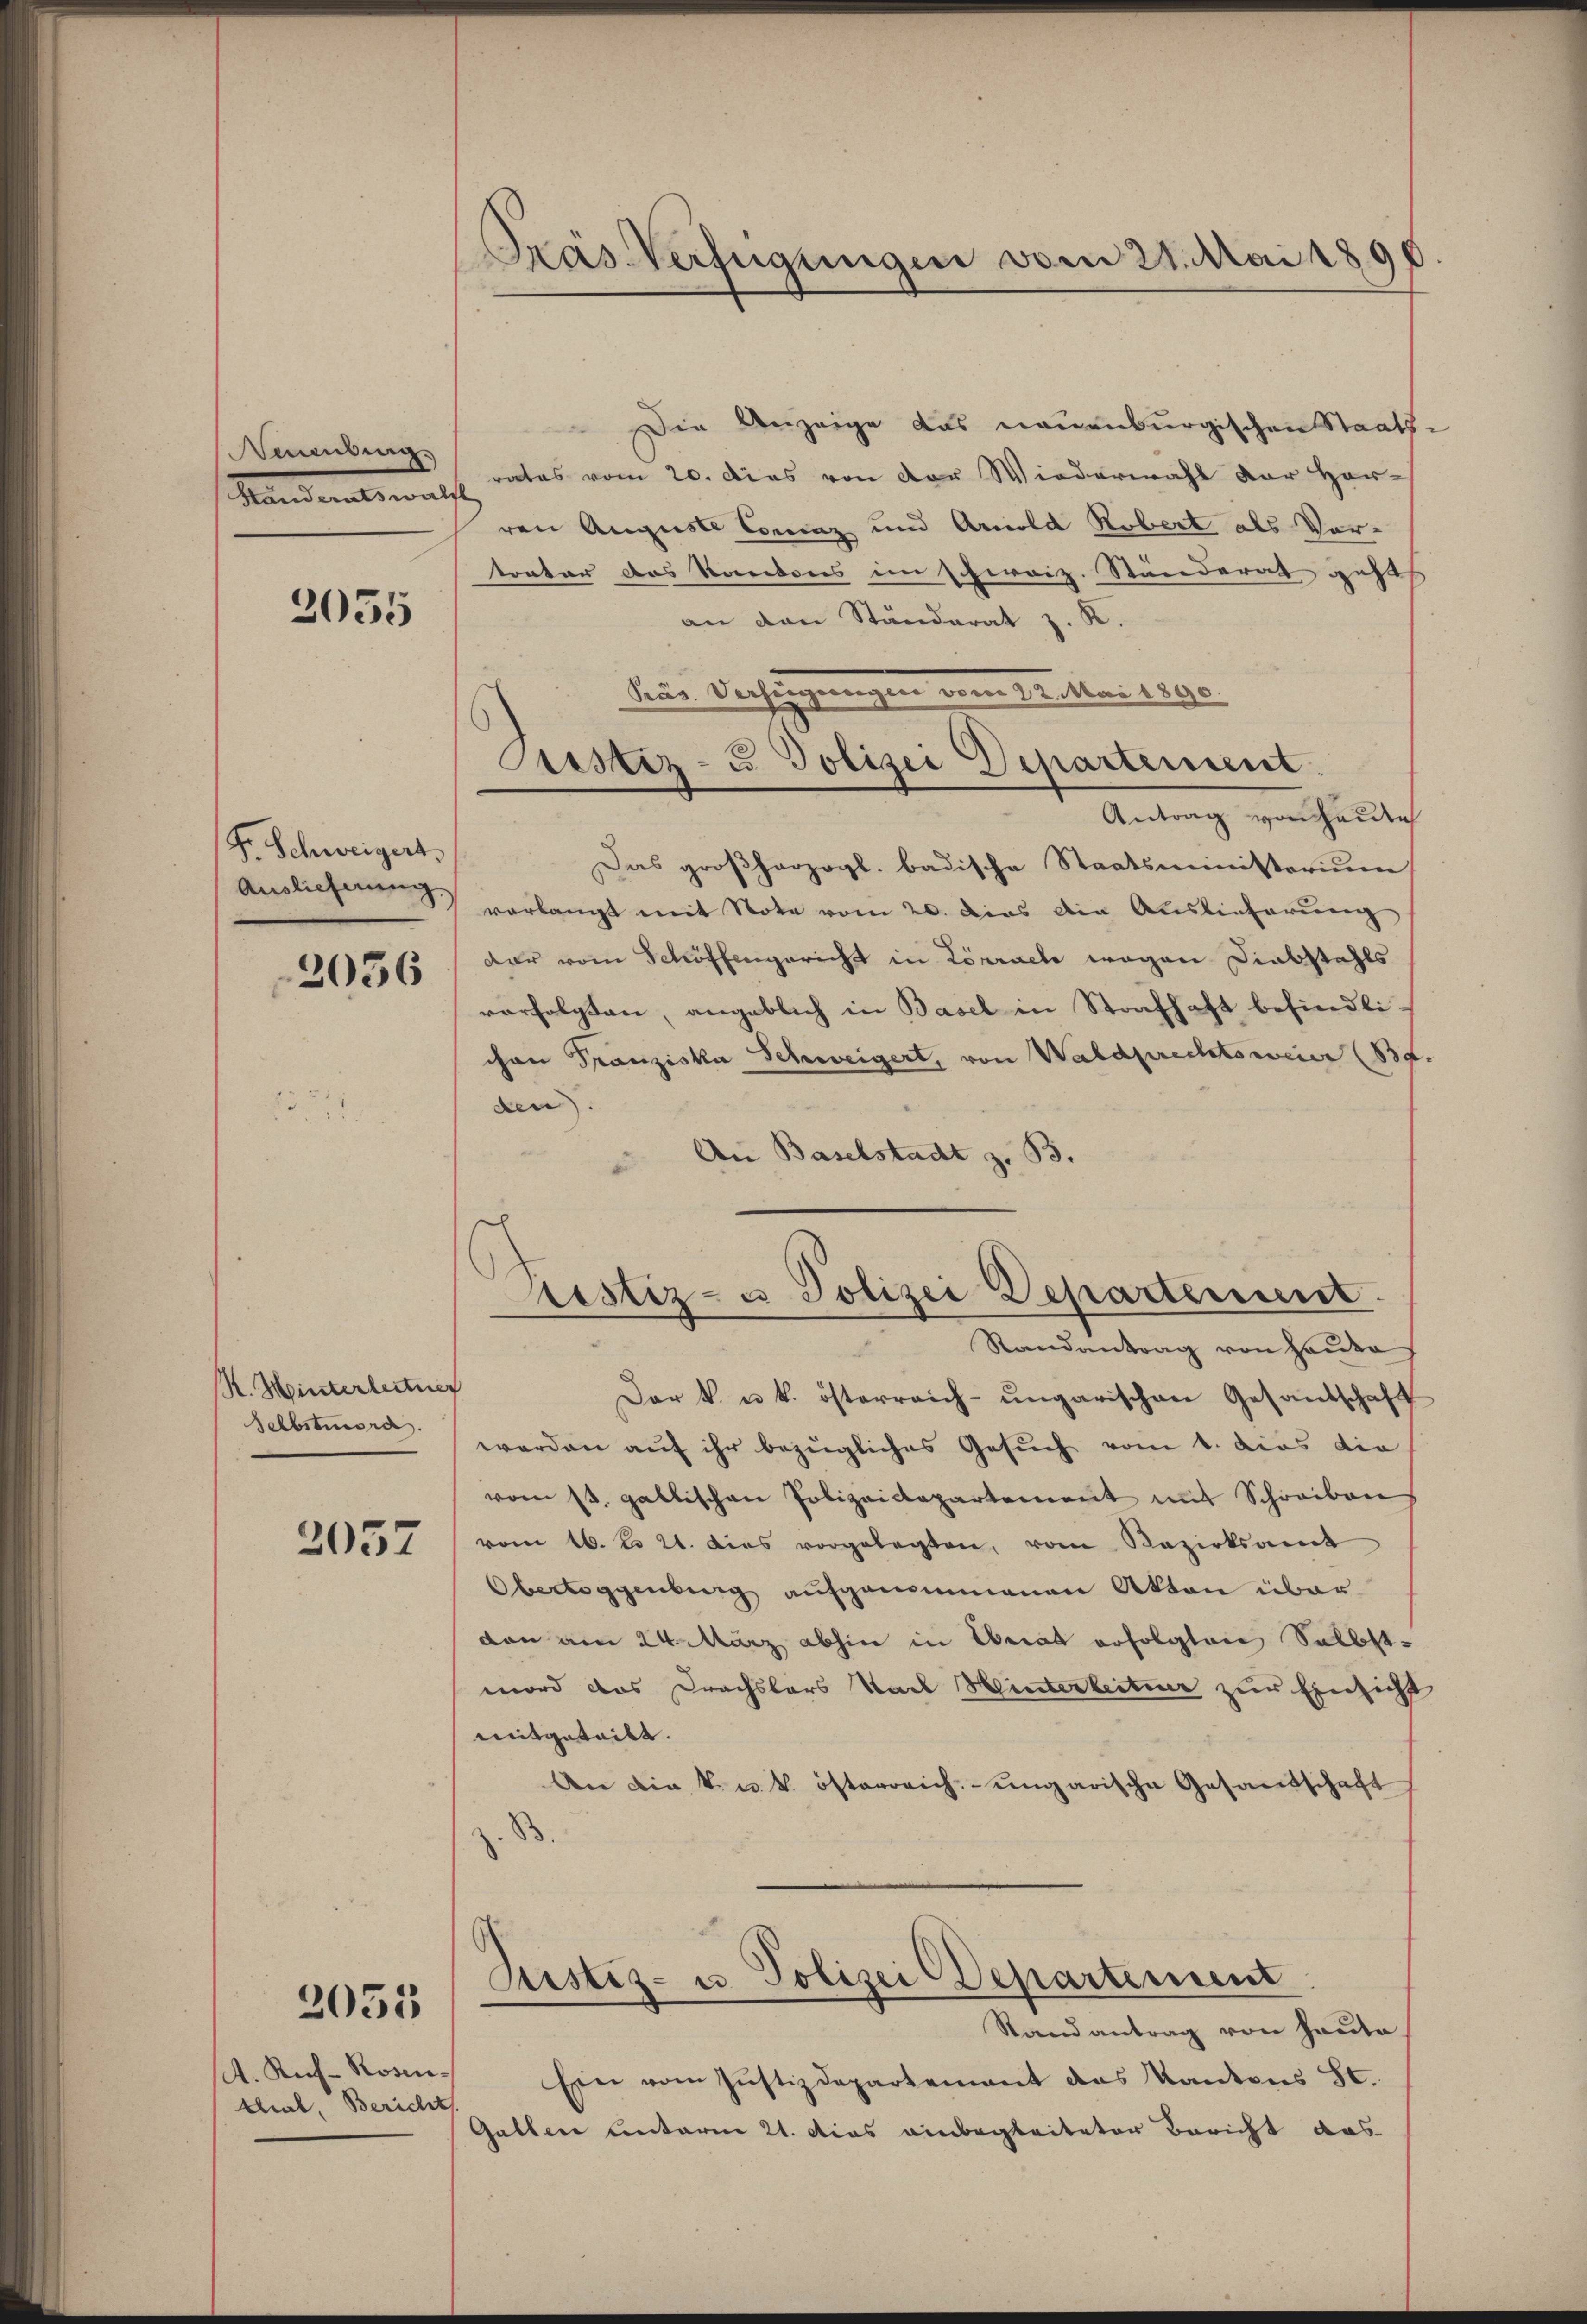
Nennung.
Handeratswalt

2055

Fr. Schweigert,
Auslieferung

2056

R. Hinterleitner
Selbstura.

2057

2053

A. Rich-Rosentlieb, Bericht

Prás Verfügungen vom 21. Mai 180

Die Anzeige das neuenburgischen Staats-
rates vom 20. dies von der Wiedermahl der Her-
ren Auguste Coraz und Arnold Robert als Vor-
tonter das Kantons im Cheroiz. Ständerat geht
an den Ständerat z. R.
Antrag von Heiden
Das großherzogl. badische Staatsministerium
vorlangt mit Note vom 20. dies die Auslieferung
dar vom Schöffengericht in Lörrach wegen Diabstahls
verfolgten, angeblich in Basel in Strafhaft befindlichen Franziska Schweigert, von Waldprechtsweier (Be
den.
An Baselstadt z. B.
d
restiz- u Polizei Departement.
Randantrag von Hause
Dar v. u. k. österreich-ungarischen Gesandschaft
werden auf ihr bezügliches Gesuch vom 1. dies die
vom 13. gallischen Polizeidepartement mit Schreiben
vom 16. No 21. dies vorgelegten, vom Bezirksamt
Oberleggenberg aufgenommenen Akten über
dan am 24. März abhin in Abriat erfolgten Selbstmord das Drachslers Stadt Hinterleitner zur Einsicht
mitgeteilt.
An die k. u. k. österreich-ungarische Gesandschaft
B
Justiz- u. Polizei Departement
Stand antrag von Hauta
Ein vom Justizdepartement das Kantons St.
Gatten unterm 21. dies einbegleiteter Bericht aus

Präs. Verfügungen vom 22. Mai 1890.
Justiz- u. Polizei Departement.